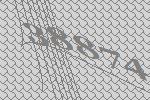
38874